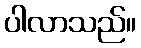
ပါလာသည်။